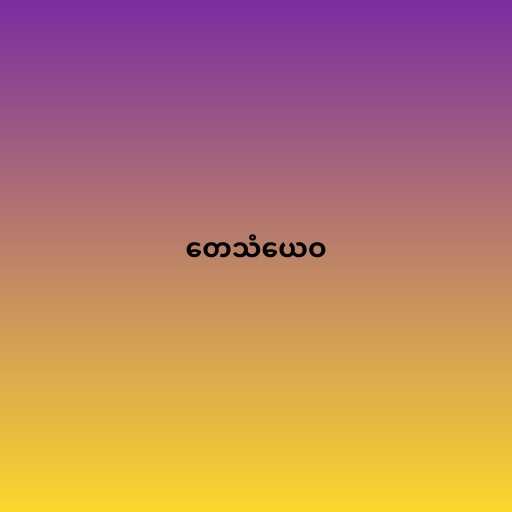
တေသံယေဝ